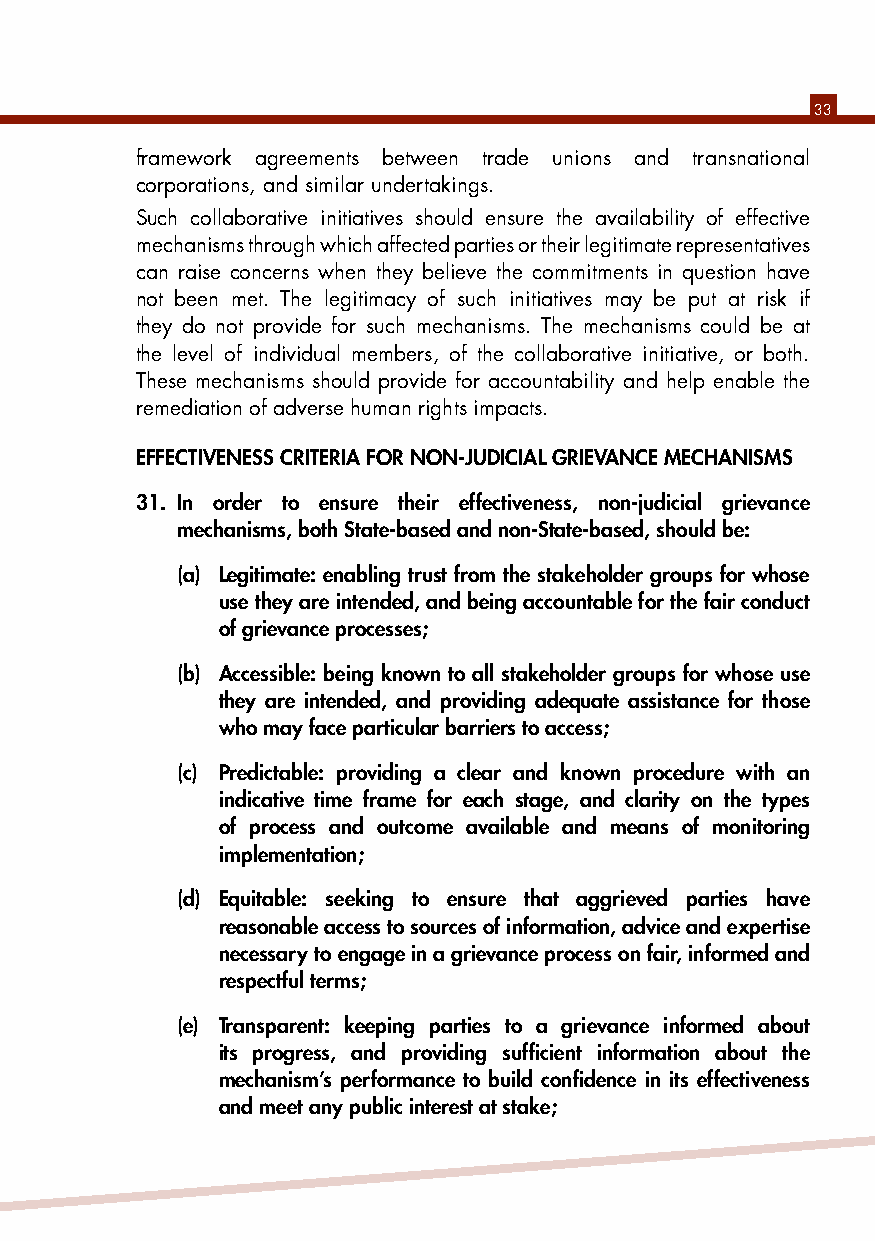
33
 framework agreements between trade unions and transnational
 corporations, and similar undertakings.
 Such collaborative initiatives should ensure the availability of effective
 mechanisms through which affected parties or their legitimate representatives
 can raise concerns when they believe the commitments in question have
 not been met. The legitimacy of such initiatives may be put at risk if
 they do not provide for such mechanisms. The mechanisms could be at
 the level of individual members, of the collaborative initiative, or both.
 These mechanisms should provide for accountability and help enable the
 remediation of adverse human rights impacts.
 EFFECTIvENESS CRITERIA FOR NON-jUDICIAl GRIEvANCE MECHANISMS
 31. In order to ensure their effectiveness, non-judicial grievance
 mechanisms, both State-based and non-State-based, should be:
 (a) legitimate: enabling trust from the stakeholder groups for whose
 use they are intended, and being accountable for the fair conduct
 of grievance processes;
 (b) Accessible: being known to all stakeholder groups for whose use
 they are intended, and providing adequate assistance for those
 who may face particular barriers to access;
 (c) Predictable: providing a clear and known procedure with an
 indicative time frame for each stage, and clarity on the types
 of process and outcome available and means of monitoring
 implementation;
 (d) Equitable: seeking to ensure that aggrieved parties have
 reasonable access to sources of information, advice and expertise
 necessary to engage in a grievance process on fair, informed and
 respectful terms;
 (e) Transparent: keeping parties to a grievance informed about
 its progress, and providing sufficient information about the
 mechanism’s performance to build confidence in its effectiveness
 and meet any public interest at stake;